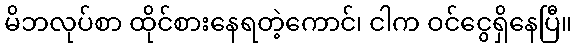
မိဘလုပ်စာ ထိုင်စားနေရတဲ့ကောင်၊ ငါက ဝင်ငွေရှိနေပြီ။